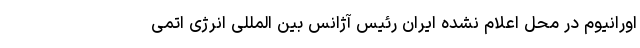
اورانیوم در محل اعلام نشده ایران رئیس آژانس بین المللی انرژی اتمی